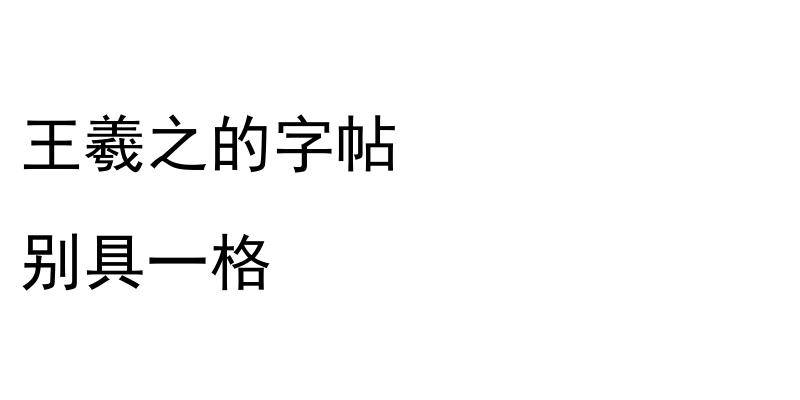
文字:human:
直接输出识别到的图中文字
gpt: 王羲之的字帖 别具一格